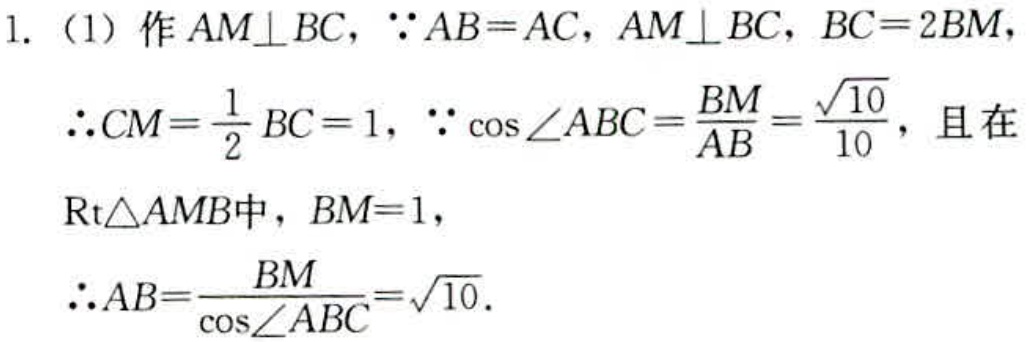
1. （1）作 \(AM\perp BC\)，\(\because AB = AC\)，\(AM\perp BC\)，\(BC = 2BM\)，
   \(\therefore CM=\frac{1}{2}BC = 1\)，\(\because \cos\angle ABC=\frac{BM}{AB}=\frac{\sqrt{10}}{10}\)，且在
   \(\text{Rt}\triangle AMB\)中，\(BM = 1\)，
   \(\therefore AB=\frac{BM}{\cos\angle ABC}=\sqrt{10}\).